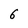
Character: 6